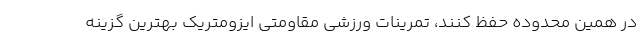
در همین محدوده حفظ کنند، تمرینات ورزشی مقاومتی ایزومتریک بهترین گزینه